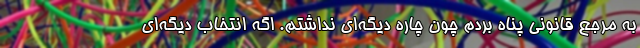
به مرجع قانونی پناه بردم چون چاره‌ دیگه‌ای نداشتم. اگه انتخاب دیگه‌ای